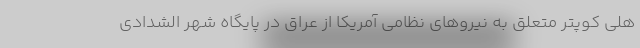
هلی کوپتر متعلق به نیروهای نظامی آمریکا از عراق در پایگاه شهر الشدادی